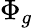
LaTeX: \Phi_{g}